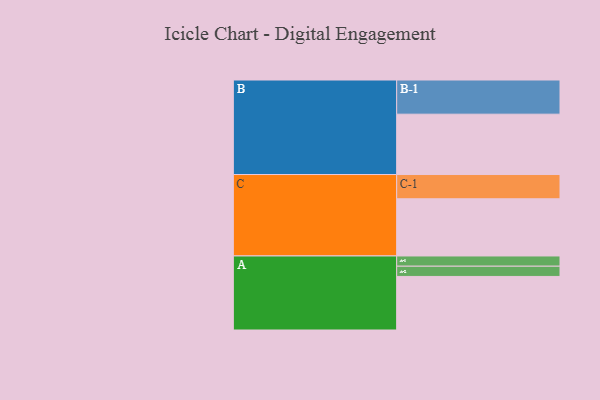
{"axis": {"x": "Segment", "y": "Value"}, "legend": ["", "A", "B", "C"], "data": [{"x": "A", "y": 340, "type": ""}, {"x": "B", "y": 383, "type": ""}, {"x": "C", "y": 363, "type": ""}, {"x": "A-1", "y": 65, "type": "A"}, {"x": "A-2", "y": 65, "type": "A"}, {"x": "B-1", "y": 217, "type": "B"}, {"x": "C-1", "y": 154, "type": "C"}]}